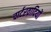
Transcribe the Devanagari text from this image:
चार्टरवादियों